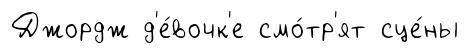
Джордж д'е́вочк'е смо́тр'ят сце́ны